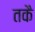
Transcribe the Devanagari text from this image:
तकै